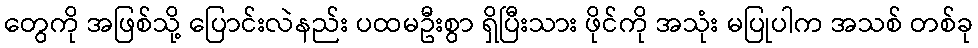
တွေကို အဖြစ်သို့ ပြောင်းလဲနည်း ပထမဦးစွာ ရှိပြီးသား ဖိုင်ကို အသုံး မပြုပါက အသစ် တစ်ခု